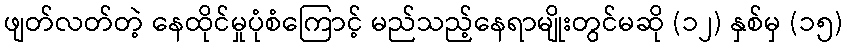
ဖျတ်လတ်တဲ့ နေထိုင်မှုပုံစံကြောင့် မည်သည့်နေရာမျိုးတွင်မဆို (၁၂) နှစ်မှ (၁၅)